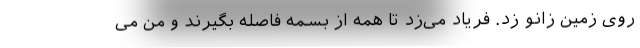
روی زمین زانو زد. فریاد می‌زد تا همه از بسمه فاصله بگیرند و من می